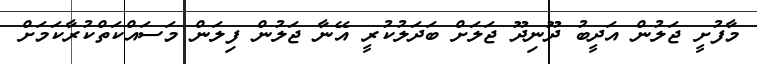
މާފުށީ ޖަލުން އަދީބު ދޫނިދޫ ޖަލަށް ބަދަލުކުރީ އޭނާ ޖަލުން ފިލަން މަސައްކަތްކުރާކަމަށް